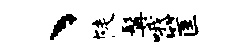
、陡髯哦筐